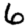
Digit: 6